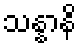
သန္နာနိ